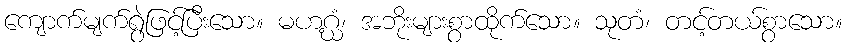
ကျောက်မျက်ရွဲဖြင့်ပြီးသော။ မဟဂ္ဃံ၊ အဘိုးများစွာထိုက်သော။ သုတံ၊ တင့်တယ်စွာသော။